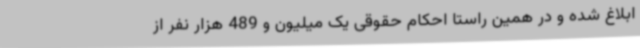
ابلاغ شده و در همین راستا احکام حقوقی یک میلیون و 489 هزار نفر از